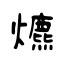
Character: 爊